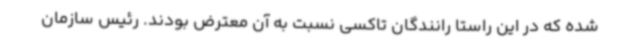
شده که در این راستا رانندگان تاکسی نسبت به آن معترض بودند. رئیس سازمان